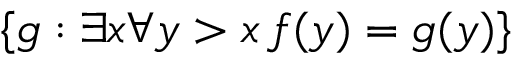
\{ g : \exists x \forall y > x \, f ( y ) = g ( y ) \}